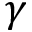
\gamma